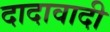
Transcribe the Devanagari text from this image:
दादावादी